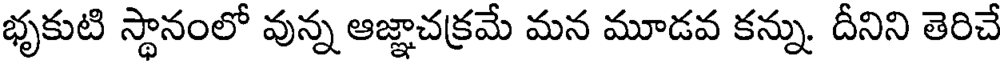
భృకుటి స్థానంలో వున్న ఆజ్ఞాచక్రమే మన మూడవ కన్ను. దీనిని తెరిచే